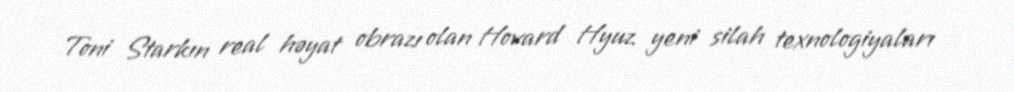
Toni Starkın real həyat obrazı olan Hovard Hyuz yeni silah texnologiyaları